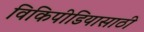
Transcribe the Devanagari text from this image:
विकिपीडियासाठी